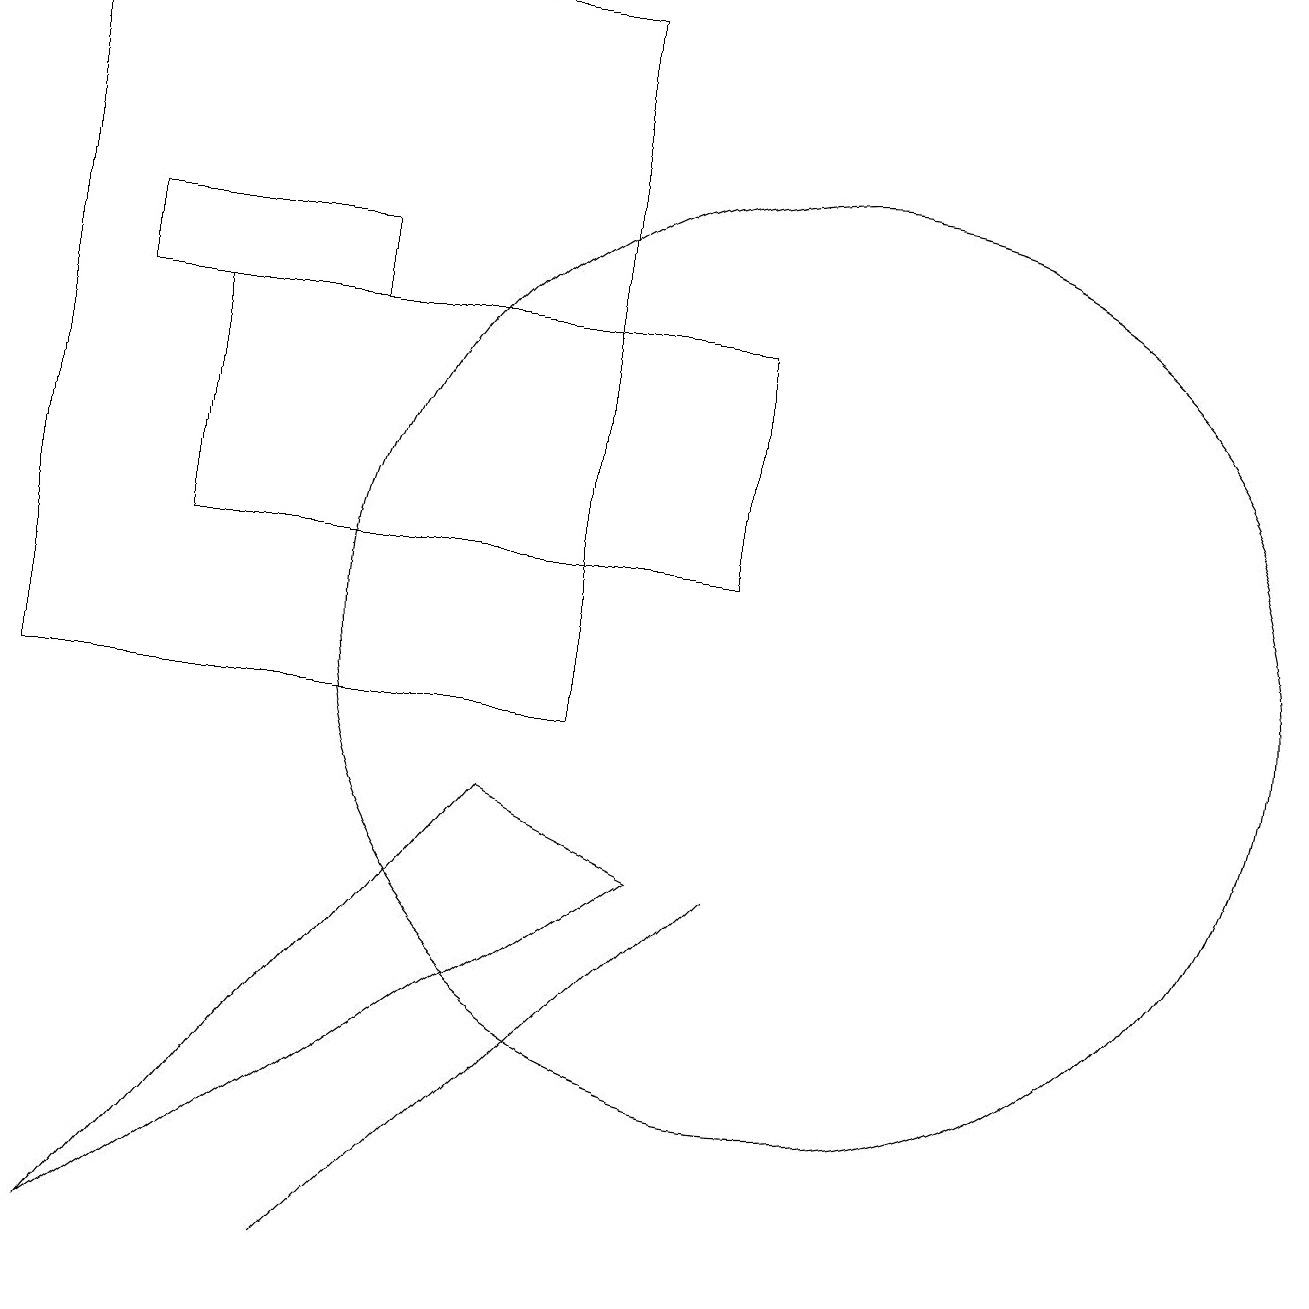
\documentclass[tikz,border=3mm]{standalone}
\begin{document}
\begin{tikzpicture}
\draw (0,19) rectangle (7,10);
\draw (9,12) rectangle (2,15);
\draw (6,9) -- (1,3) -- (8,8) -- cycle;
\draw (4,3) -- (9,8) -- (6,5) -- cycle;
\draw (10,11) circle (6);
\draw (4,15) rectangle (1,16);
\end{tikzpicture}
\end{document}